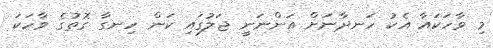
މި ވާހަކައާ އެކު ހަނދާނަށް އަންނަނީ ޖަލުގައި ކަން ހިނގާ ގޮތުގެ ވާހަކަ